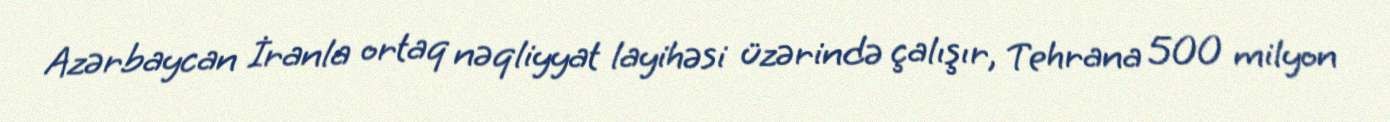
Azərbaycan İranla ortaq nəqliyyat layihəsi üzərində çalışır, Tehrana 500 milyon